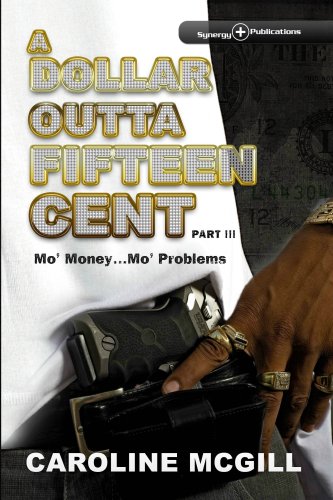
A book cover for A Dollar Outta Fifteen Cent 3: Mo' Money...Mo' Problems; Caroline McGill; Literature & Fiction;